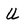
Character: U